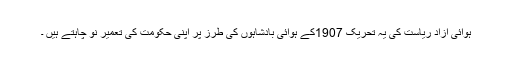
ہوائی آزاد ریاست کی یہ تحریک 1907کے ہوائی بادشاہوں کی طرز پر اپنی حکومت کی تعمیر نو چاہتے ہیں ۔